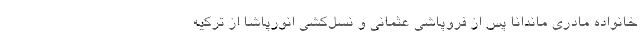
خانواده مادری ماندانا پس از فروپاشی عثمانی و نسل‌کشی انورپاشا از ترکیه